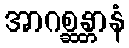
အာဂစ္ဆန္တာနံ